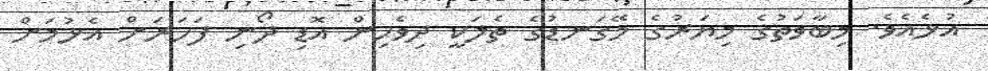
އުޅެއެވެ. މިބާވަތުގެ މިޔަރުގެ މޭގަނޑުގެ ތެލަކީ ދިވެހިން އޮޑި ދޯނި ފަހަރަށް އެޅުމަށް